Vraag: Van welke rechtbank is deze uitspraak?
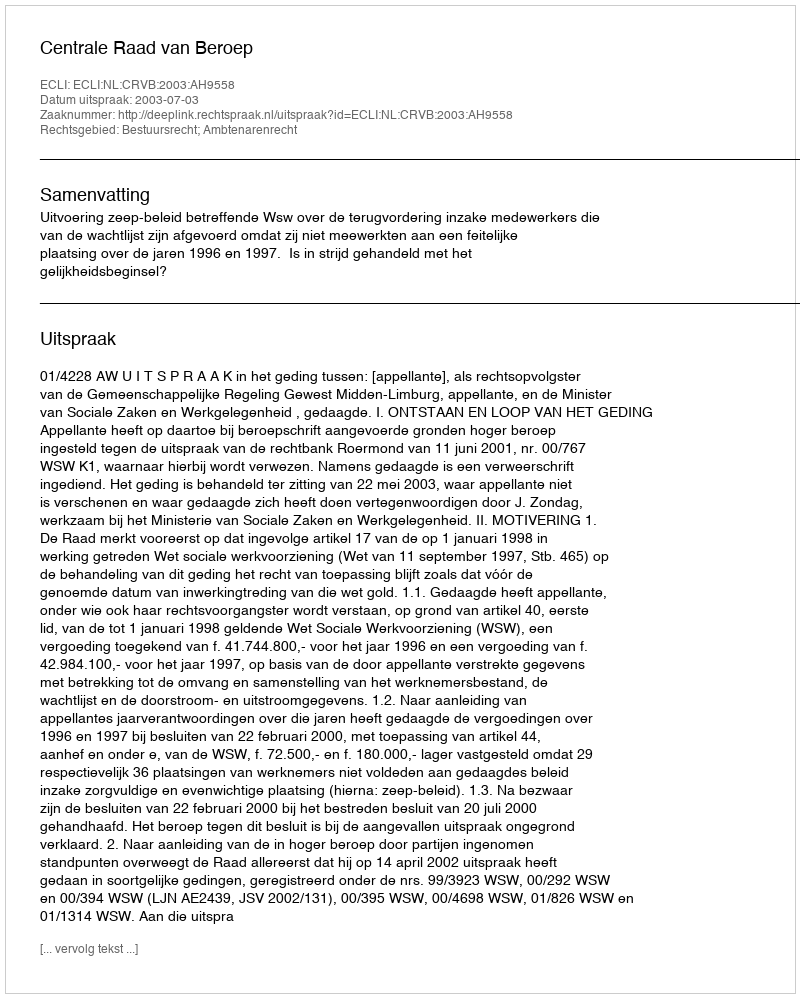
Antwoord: Centrale Raad van Beroep